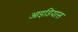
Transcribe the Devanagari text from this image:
आइडियास